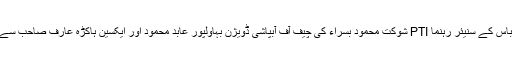
فورٹ عباس کے سنیئر رہنما PTI شوکت محمود بسراء کی چیف آف آبپاشی ڈویژن بہاولپور عابد محمود اور ایکسین ہاکڑہ عارف صاحب سے ملاقات۔